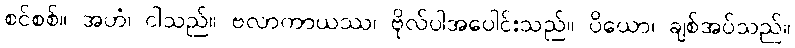
စင်စစ်။ အဟံ၊ ငါသည်။ ဗလာကာယဿ၊ ဗိုလ်ပါအပေါင်းသည်။ ပိယော၊ ချစ်အပ်သည်။